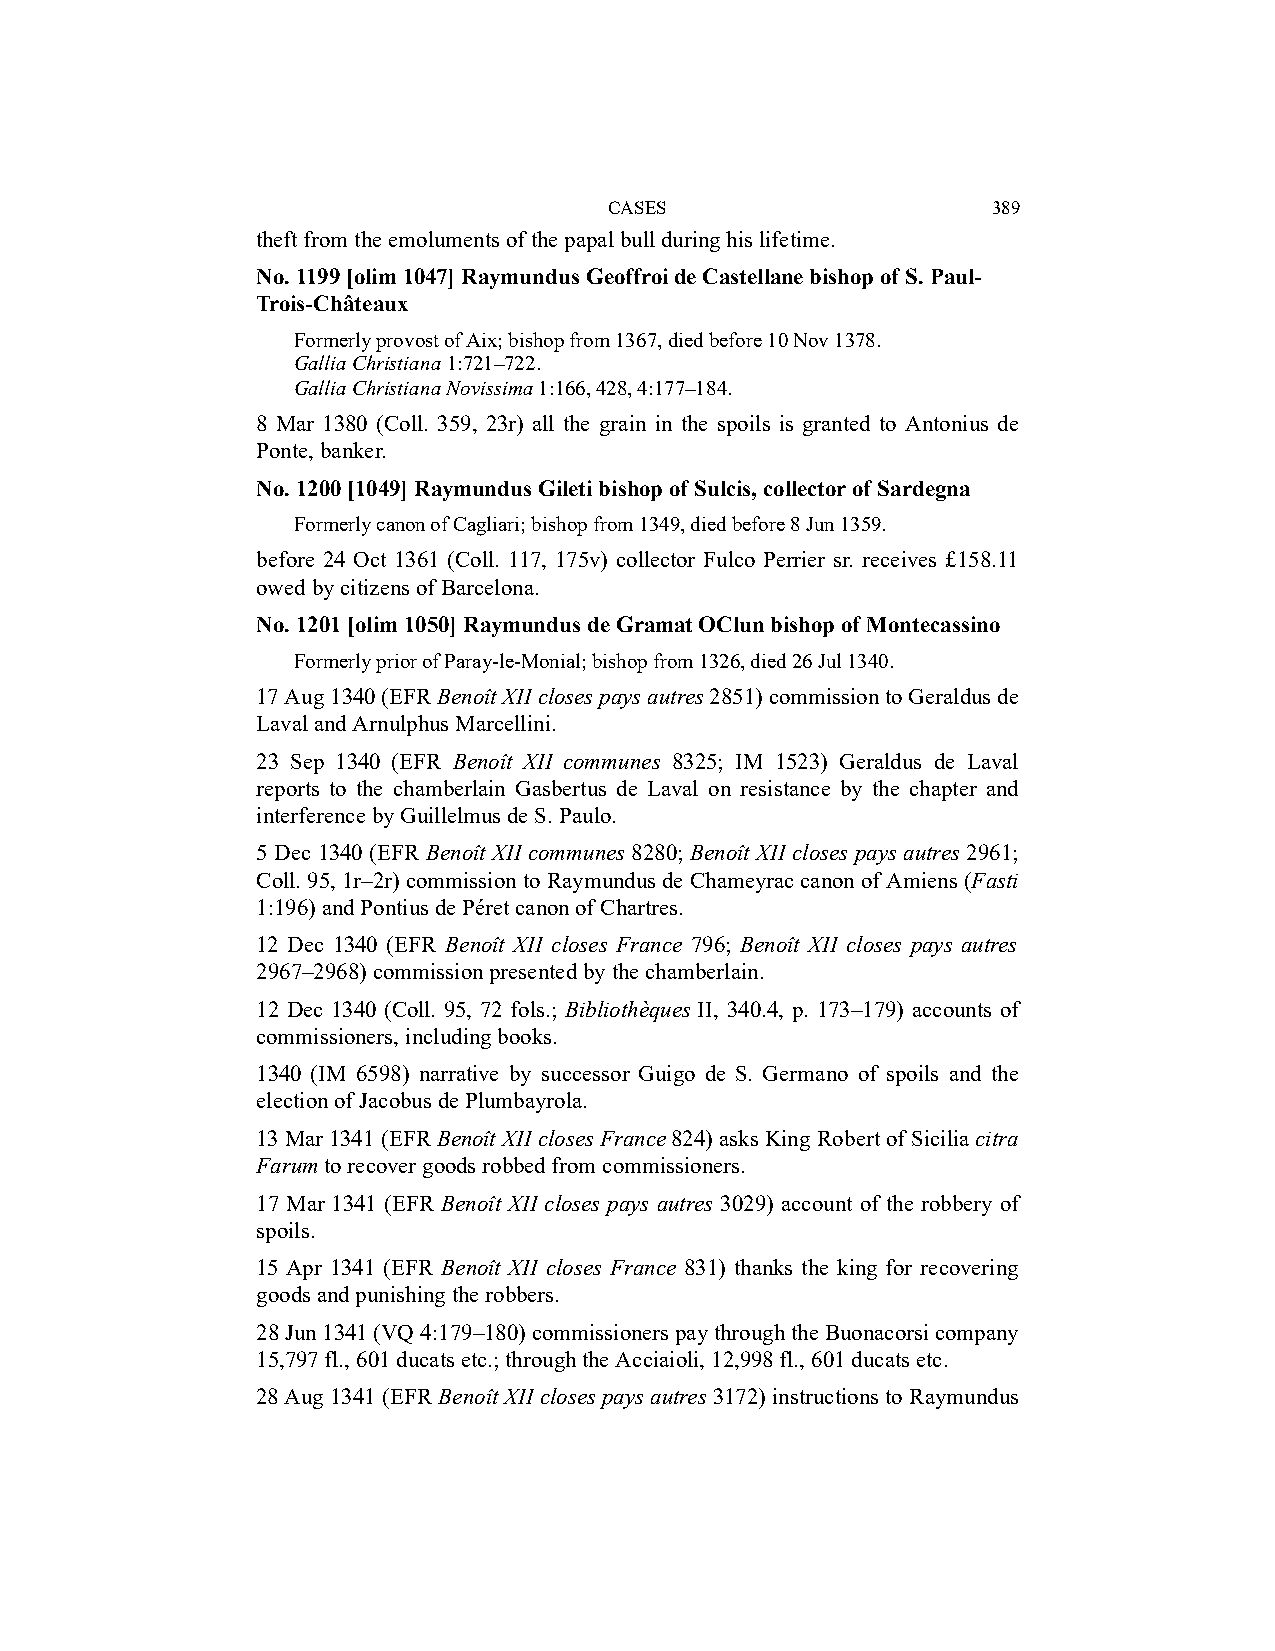
CASES                     389
 theft from the emoluments of the papal bull during his lifetime.
 No. 1199 [olim 1047] Raymundus Geoffroi de Castellane bishop of S. Paul-
 Trois-Châteaux
 Formerly provost of Aix; bishop from 1367, died before 10 Nov 1378.
 Gallia Christiana 1:721–722.
 Gallia Christiana Novissima 1:166, 428, 4:177–184.
 8 Mar 1380 (Coll. 359, 23r) all the grain in the spoils is granted to Antonius de
 Ponte, banker.
 No. 1200 [1049] Raymundus Gileti bishop of Sulcis, collector of Sardegna
 Formerly canon of Cagliari; bishop from 1349, died before 8 Jun 1359.
 before 24 Oct 1361 (Coll. 117, 175v) collector Fulco Perrier sr. receives £158.11
 owed by citizens of Barcelona.
 No. 1201 [olim 1050] Raymundus de Gramat OClun bishop of Montecassino
 Formerly prior of Paray-le-Monial; bishop from 1326, died 26 Jul 1340.
 17 Aug 1340 (EFR Benoît XII closes pays autres 2851) commission to Geraldus de
 Laval and Arnulphus Marcellini.
 23 Sep 1340 (EFR Benoît XII communes 8325; IM 1523) Geraldus de Laval
 reports to the chamberlain Gasbertus de Laval on resistance by the chapter and
 interference by Guillelmus de S. Paulo.
 5 Dec 1340 (EFR Benoît XII communes 8280; Benoît XII closes pays autres 2961;
 Coll. 95, 1r–2r) commission to Raymundus de Chameyrac canon of Amiens (Fasti
 1:196) and Pontius de Péret canon of Chartres.
 12 Dec 1340 (EFR Benoît XII closes France 796; Benoît XII closes pays autres
 2967–2968) commission presented by the chamberlain.
 12 Dec 1340 (Coll. 95, 72 fols.; Bibliothèques II, 340.4, p. 173–179) accounts of
 commissioners, including books.
 1340 (IM 6598) narrative by successor Guigo de S. Germano of spoils and the
 election of Jacobus de Plumbayrola.
 13 Mar 1341 (EFR Benoît XII closes France 824) asks King Robert of Sicilia citra
 Farum to recover goods robbed from commissioners.
 17 Mar 1341 (EFR Benoît XII closes pays autres 3029) account of the robbery of
 spoils.
 15 Apr 1341 (EFR Benoît XII closes France 831) thanks the king for recovering
 goods and punishing the robbers.
 28 Jun 1341 (VQ 4:179–180) commissioners pay through the Buonacorsi company
 15,797 fl., 601 ducats etc.; through the Acciaioli, 12,998 fl., 601 ducats etc.
 28 Aug 1341 (EFR Benoît XII closes pays autres 3172) instructions to Raymundus